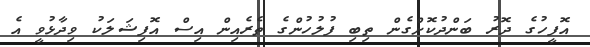
އޮފީހުގެ ދޮރު ބަންދުކޮށްގެން ތިބި ފުލުހުންގެ ތެރެއިން އިސް އޮފިޝަލަކު ވިދާޅުވީ އެ